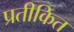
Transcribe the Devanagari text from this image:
प्रतीकित